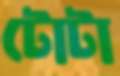
টোটা